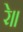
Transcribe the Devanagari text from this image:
रे॥